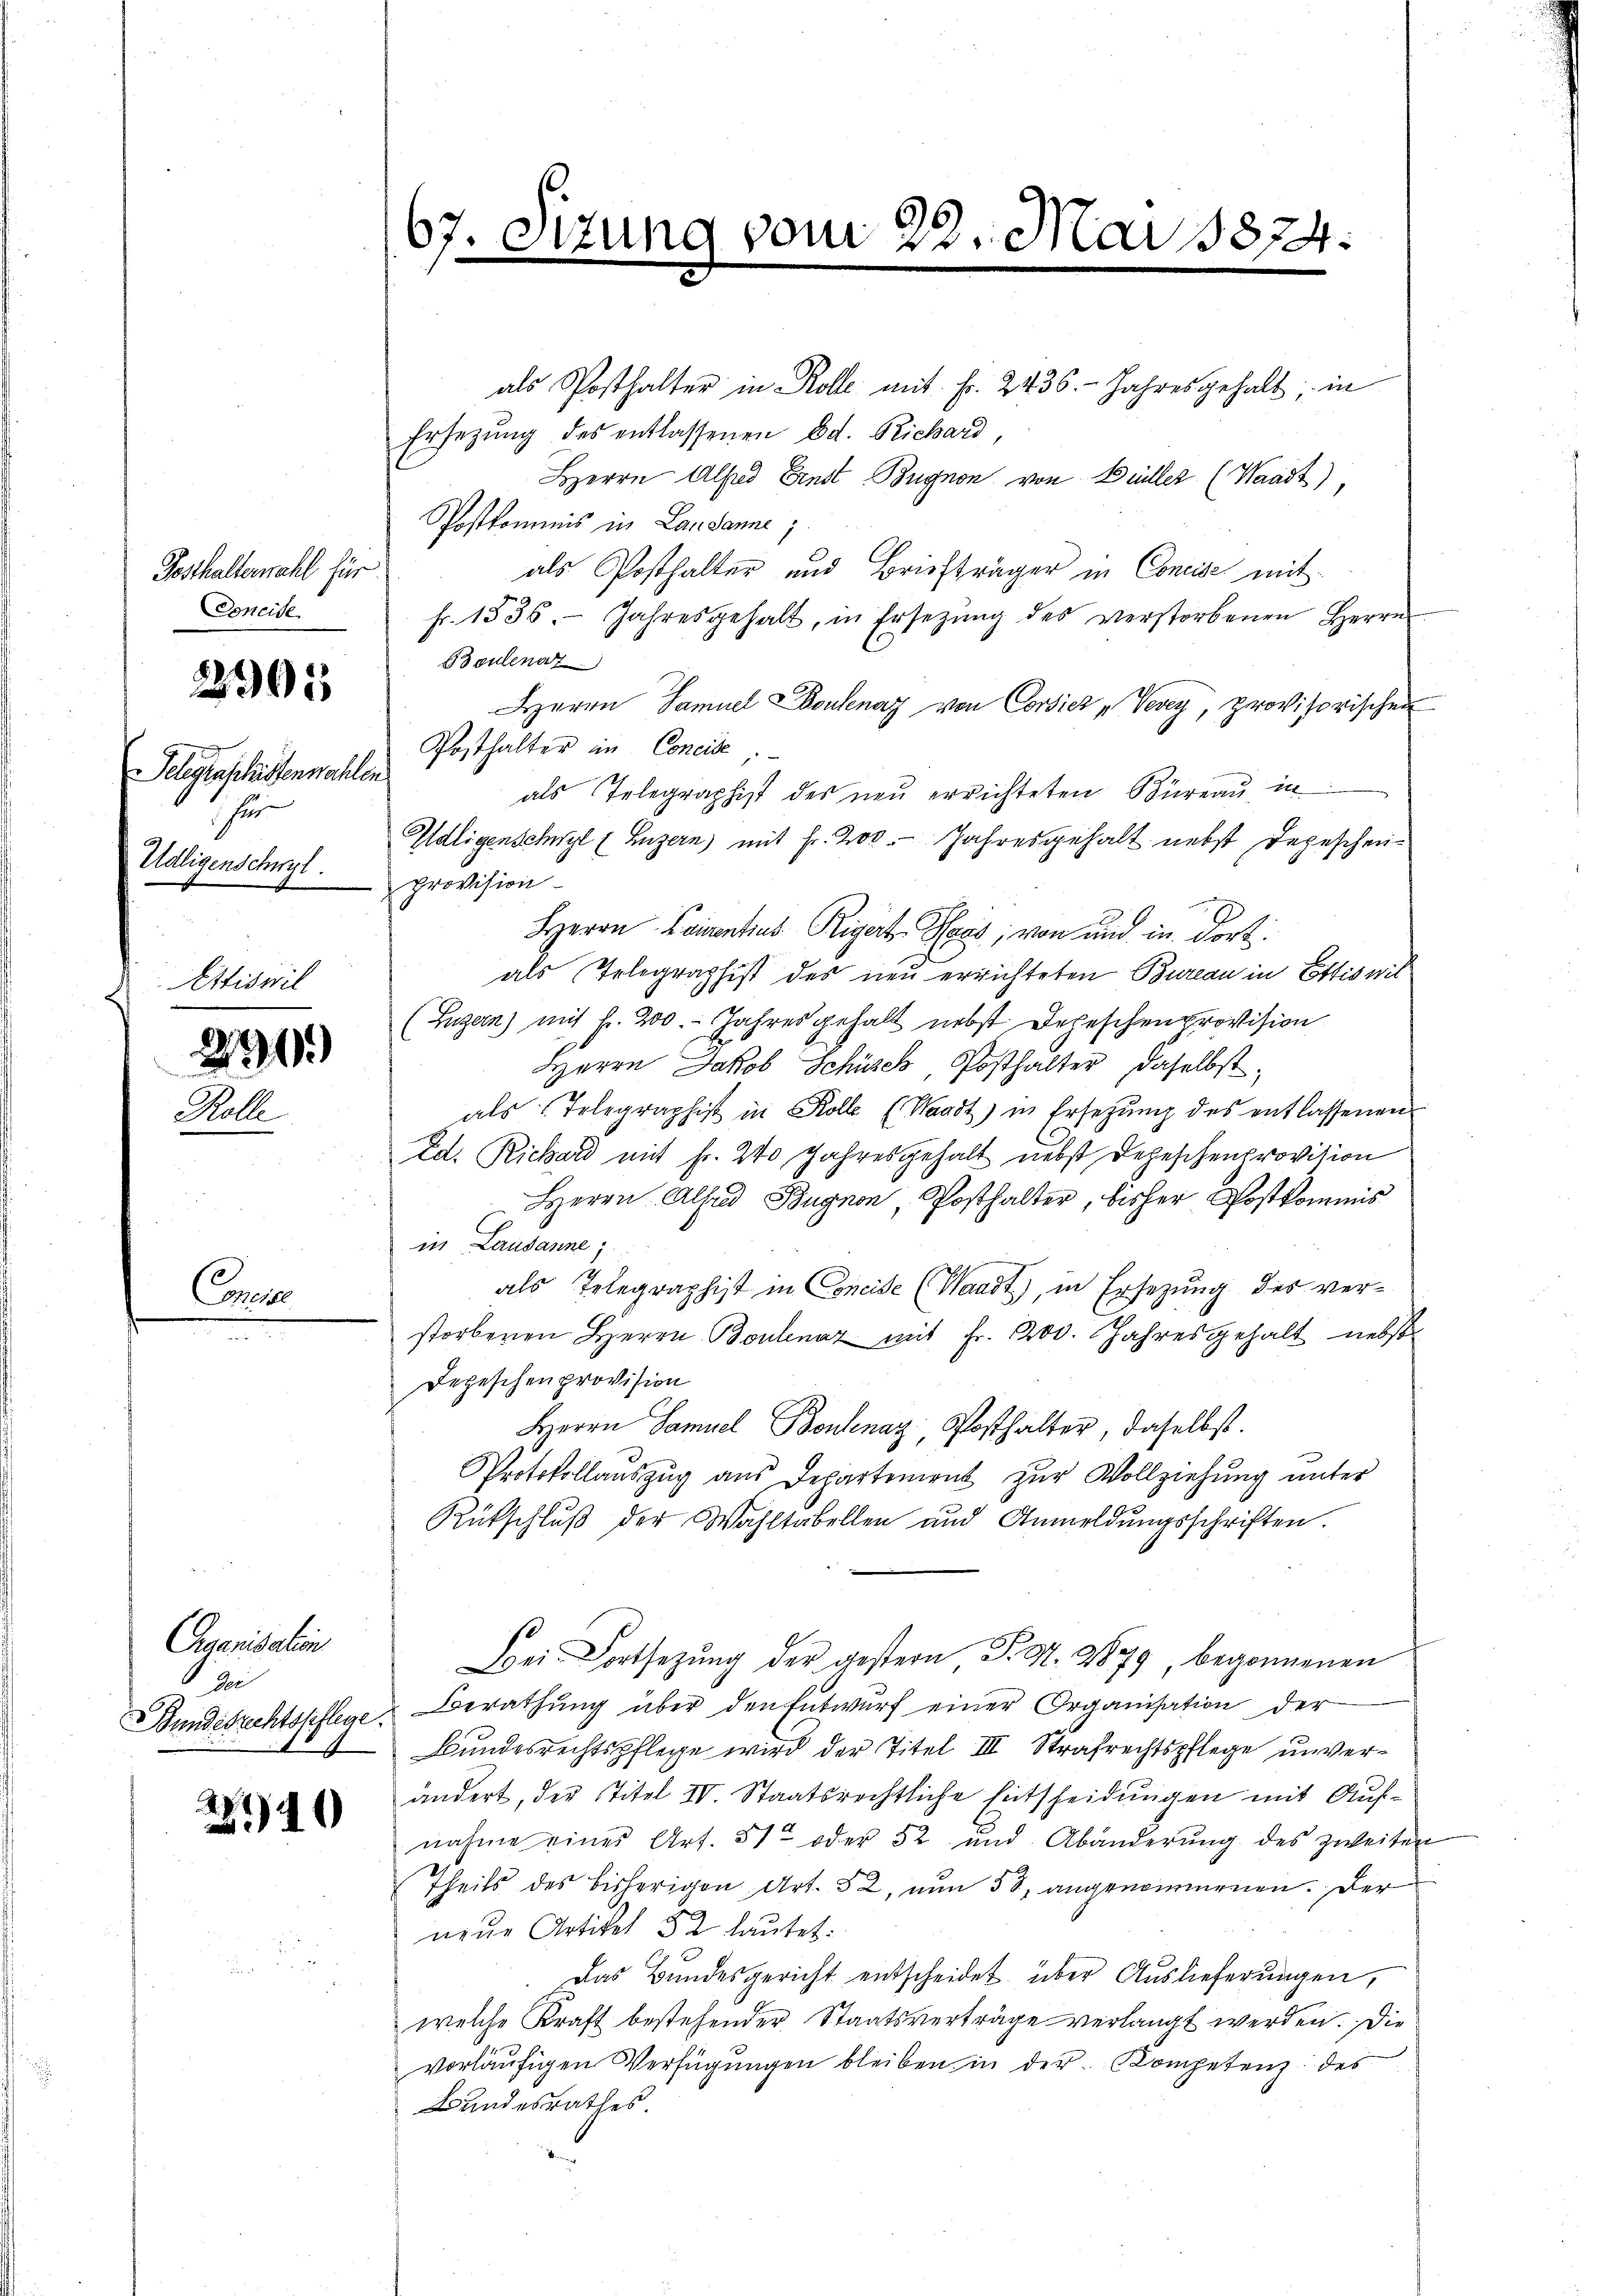
Festhalterwahl für
Goneise

Phae

22305

Felegenschaftenwahlen
hu
Udligenschwyl

Ettiswil

Con

290)

d
210

als Posthalter in Kolle mit fr. 2436. Jahres gehalt in
Ersetzung des entlassenen Ed. Richard,
HHerrn Alfred Ernst-Bugnon von Büller (Waadt),
Postkommis in Landanne;
als Posthalter und Briefträger in Concise mit
fr. 1536. Jahresgehalt, in Ersetzŭng des verstorbenen Herrn
Baulenaz
Herrn Samuel Boulenaz von Corsich „Verey, provisorischen
Posthalter in Concile,
als Telegraphist des neu errichteten Büreau in
Haligenschwyl (Luzern) mit Fr. 200. Jahresgehalt nebst Depeschenprovision
.
HHerrn Laientius Rigert Hass, von und in dort.
als Telegraphist des neu errichteten Bureau in Ettiswil
(Luzern) mit fr. 200. Jahres gehalt nebst Depeschenprovision
Herrn Jakob Schüzek, Posthalter, daselbst,
als Telegraphist in Kolle (Waadt) in Ersetzŭng des entlassenen
Ed. Richard mit fr. 240 Jahresgehalt nebst Depeschenprovision
Herrn Alfad Bugnon, Posthalter, bisher Postkommis
in Lausanne;
als Telegraphist in Concile (Waadt), in Ersezung des verstorbenen Herrn Boulenz mit Fr. 200. Jahresgehalt nebst
Depeschen provision
Herrn Samuel Boulenaz, Posthalter, daselbst.
Protokollauszug aus Departement zŭr Vollziehung unter
Rütschlŭβ der Wahltabellen und Anmeldŭngsschriften.
Bei Fortsetzŭng der gestern S. 97. 2879, begonnenen
Berathung über den Entwurf einer Organisation der
Bundesrechtspflege wird der Titel III Strafrechtspflege unverändert, der Titel IV. Staatsrechtliche Entscheidungen mit Aufnahme eines Art. 512 oder 52 und Abänderŭng des zweiten
Theils des bisherigen Art. 52, nun 58 angenommenen. Der
neue Artikel 52 lautet:
Das Bundesgericht entscheidet über Auslieferungen,
welche Kraft bestehender Staatsverträge verlangt werden. Die
vorläufigen Verfügungen bleiben in der Kompetenz des
Bandesrathes.

Aganisation
de
Bundesrechtspflege.

67. Si

ung vom 22. Mai 187